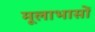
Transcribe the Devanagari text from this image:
मूलाभासों